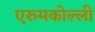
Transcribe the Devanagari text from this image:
एरुमकोल्ली